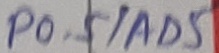
Text: P0.5/AD5